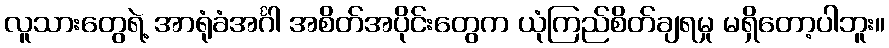
လူသားတွေရဲ့ အာရုံခံအင်္ဂါ အစိတ်အပိုင်းတွေက ယုံကြည်စိတ်ချရမှု မရှိတော့ပါဘူး။